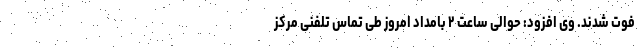
فوت شدند. وی افزود: حوالی ساعت ٢ بامداد امروز طی تماس تلفنی مرکز